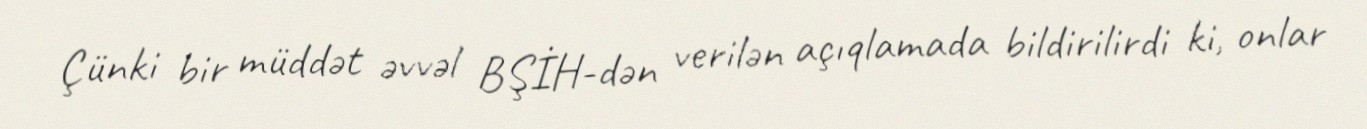
Çünki bir müddət əvvəl BŞİH-dən verilən açıqlamada bildirilirdi ki, onlar